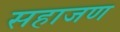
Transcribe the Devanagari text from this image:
सहाजण